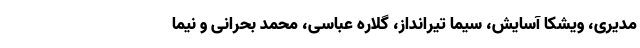
مدیری، ویشکا آسایش، سیما تیرانداز، گلاره عباسی، محمد بحرانی و نیما